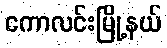
ကောလင်းမြို့နယ်